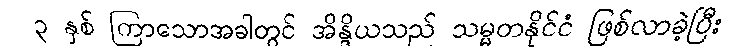
၃ နှစ် ကြာသောအခါတွင် အိန္ဒိယသည် သမ္မတနိုင်ငံ ဖြစ်လာခဲ့ပြီး